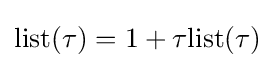
{\text{list}}(\tau )=1+\tau {}{\text{list}}(\tau )